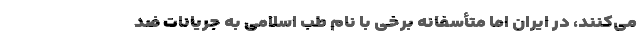
می‌کنند، در ایران اما متأسفانه برخی با نام طب اسلامی به جریانات ضد